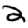
Digit: 2